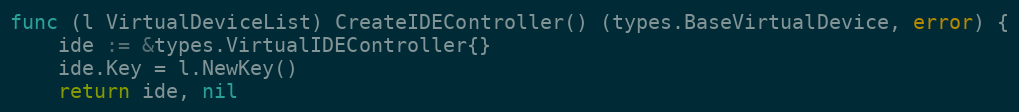
Language: Go
func (l VirtualDeviceList) CreateIDEController() (types.BaseVirtualDevice, error) {
	ide := &types.VirtualIDEController{}
	ide.Key = l.NewKey()
	return ide, nil